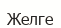
Желге